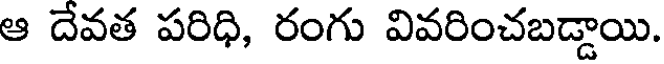
ఆ దేవత పరిధి, రంగు వివరించబడ్డాయి.